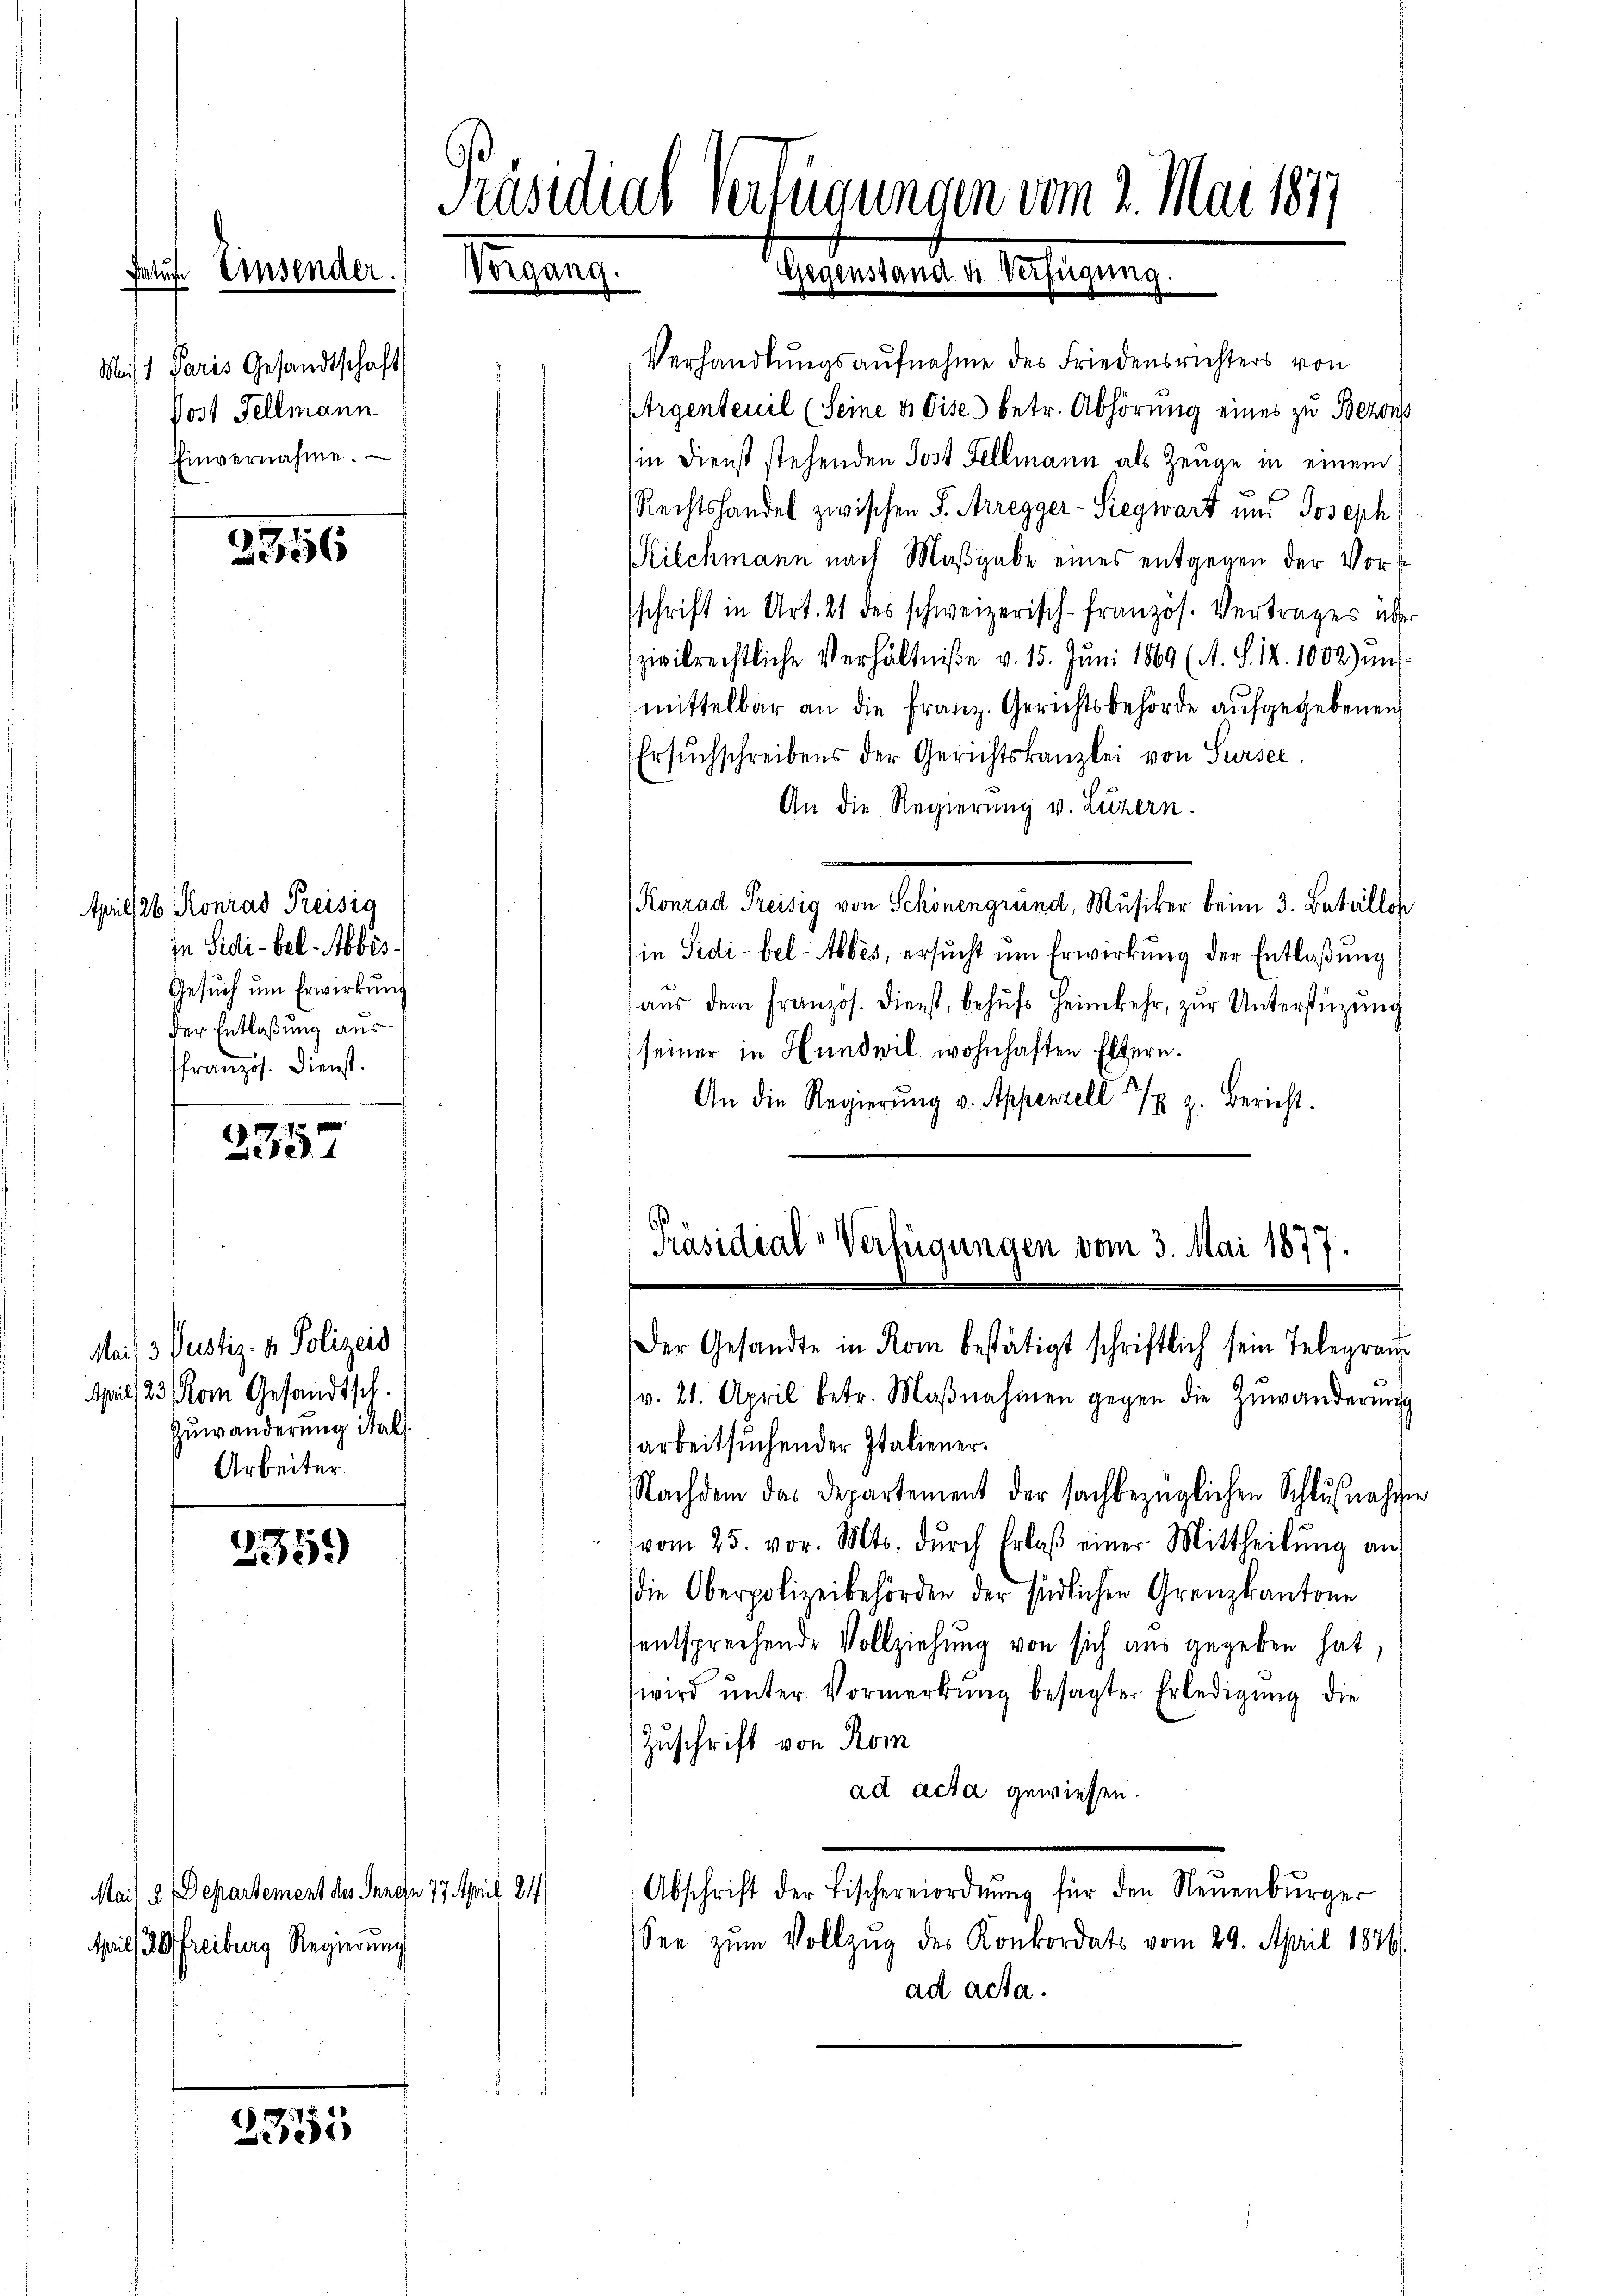
Satus. Eins

Mit 1 Paris Gesandtschaft
Jost Fellmann
Einvernahme.

2956

Aprill 26. Konrad Preisig
In Sidi-bel. Abbis¬
Gesuch um Erwirkung
der Entlaßung aus
ffranzös. Dienst.

2557

Mai) 3 Pustiz- & Polizeis
April 23. Rom Gesandtsch.
Zuwänderung ital.
Arbeiter.

2359)

3355

Mais 2 Departement des Jungen 77. April 24
April 20 Freiburg Regierung

Präsidial-Verfügungen vom 2. Mai 1877
Vorgang.
Gegenstand de Verfügung.
.

Verhandlungsaufnahme des Friedensrichters von
Argentenil (Seine u dise betr. Abhörung eines zu Bezons
in Dienst stehenden Post Fellmann als Zeuge in einem
Rechtshandel zwischen S. Arregger-Siegwart und Joseph
Kilchmann nach Maßgabe eines entgegen der Vorschrift in Art. 21 des schweizerisch-französ. Vertrages über
zivilrechtliche Verhältniße v. 15. Juni 1869 (A. S. 14. 1002) uns
mittelbar an die Franz. Gerichtsbehörde aufgegebenen
Ersuchschreibens der Gerichtskanzlei von Sursee
An die Regierung v. Luzern.
Konrad Preisig von Schönengrund, Musiker beim 3. Bataillon
in Sidi-bel-Abbés, ersucht um Erwirkung der Entlaßung
aŭs dem französ. Dienst, behŭfs Heimkehr, zŭr Unterstüzung
seiner in Hundwil wohnhaften Eltern.
An die Regierŭng v. Appenzell 7 z. Bericht.

v. 21. April betr. Maβnahmen gegen die Zuwänderung
arbeitsuchen der Italiener.
Nachdem das Departement der sachbezüglichen Schlußnahme
vom 25. vor. Mts. dŭrch Erlaβ einer Mittheilŭng auf
die Oberpolizeibehörden der Endlichen Grenzkantone
entsprechende Vollziehung von sich aus gegeben hat,
wird ŭnter Vormerkung besagter Erledigung die
Zuschrift von Rom
ad acta gewiesen.
Abschrift der Fischereiordnŭng für den Neŭenbŭrger
See zum Vollzug des Konkordats vom 29. April 1876.
ad acta.

Präsidial-Verfügungen vom 3. Mai 1877
Der Gesandte in Rom bestätigt schriftlich sein Telegrau